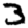
Digit: 3